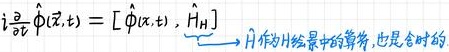
$i \frac{\partial}{\partial t} \hat{\Phi}(\vec{x}, t)=[\hat{\Phi}(\vec{x}, t), \hat{H}_{H}] \quad \overbrace{} H为H绘景中的算符,也是含时的$